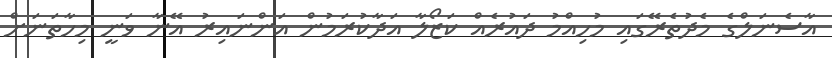
އާސެނަލްގެ މެދުތެރޭގައި މުހިއްމު ދައުރެއް ކަޒޯލާ އަދާކުރަމުން އަންނައިރު އޭނާ ވަނީ މިހާތަނަށް